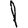
Digit: 1